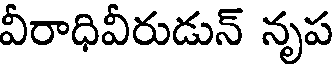
వీరాధివీరుడున్ నృప